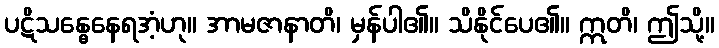
ပဋိသန္ဓေနေရအံ့ဟု။ အာမဇာနာတိ၊ မှန်ပါ၏။ သိနိုင်ပေ၏။ ဣတိ၊ ဤသို့။